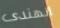
الهندى